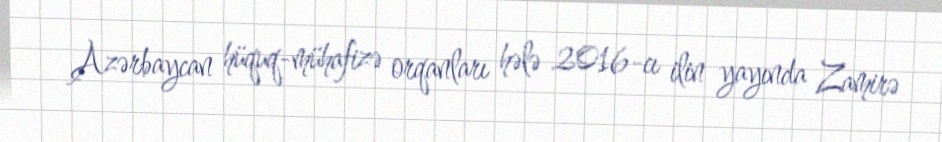
Azərbaycan hüquq-mühafizə orqanları hələ 2016-cı ilin yayında Zamirə